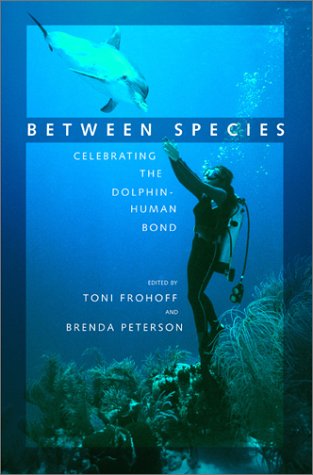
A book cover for Between Species: Celebrating the Dolphin-Human Bond; Sports & Outdoors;